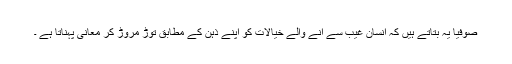
صوفیا یہ بتاتے ہیں کہ انسان غیب سے آنے والے خیالات کو اپنے ذہن کے مطابق توڑ مروڑ کر معانی پہناتا ہے ۔